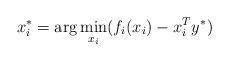
LaTeX: \begin{align*}x_{i}^{*}=\displaystyle \arg\min_{x_{i}} (f_{i}(x_{i})-x_{i}^{T} y^{*})\end{align*}